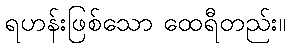
ရဟန်းဖြစ်သော ထေရီတည်း။